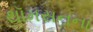
થૉમસનના